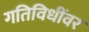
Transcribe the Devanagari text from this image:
गतिविधींवर